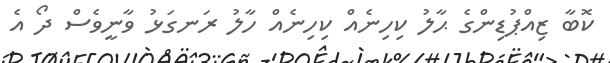
ކޮބާ ޒިއްޕުޑިންގެ ޙާލު ކިހިނެއް ކިހިނެއް ހާލު ރަނގަޅު ވާނީވެސް ދޯ އެ